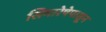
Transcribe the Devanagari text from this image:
सिमारेषेपासून